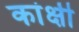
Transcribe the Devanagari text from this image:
कांक्षी